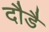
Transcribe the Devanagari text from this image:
दौडै